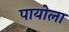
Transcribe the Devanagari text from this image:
पायोला